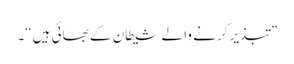
”تبذیر کرنے والے شیطان کے بھائی ہیں“۔